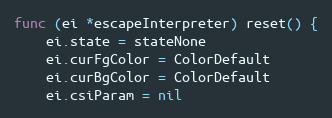
Language: Go
func (ei *escapeInterpreter) reset() {
	ei.state = stateNone
	ei.curFgColor = ColorDefault
	ei.curBgColor = ColorDefault
	ei.csiParam = nil